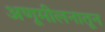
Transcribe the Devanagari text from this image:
अणूमीलनातून